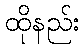
ထိုနည်း